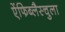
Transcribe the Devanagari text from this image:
ऐंफिब्लैस्चुला